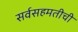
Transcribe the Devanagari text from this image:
सर्वसहमतीची